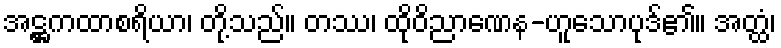
အဋ္ဌကထာစရိယာ၊ တို့သည်။ တဿ၊ ထိုဝိညာဏေန-ဟူသောပုဒ်၏။ အတ္ထံ၊